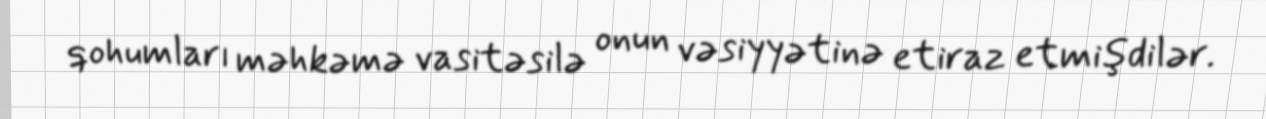
qohumları məhkəmə vasitəsilə onun vəsiyyətinə etiraz etmişdilər.